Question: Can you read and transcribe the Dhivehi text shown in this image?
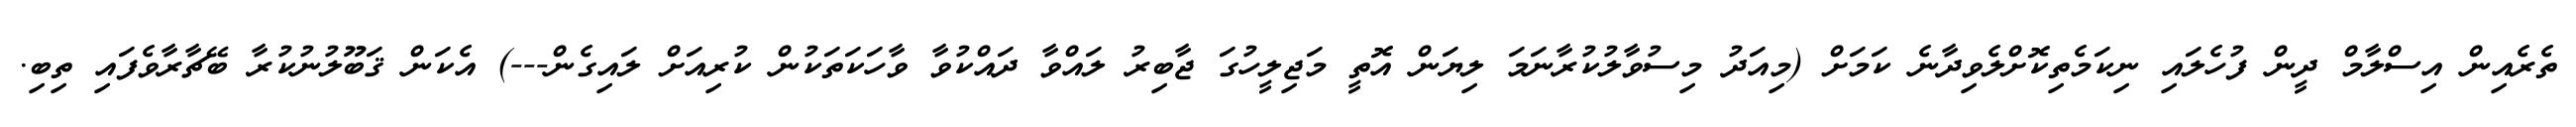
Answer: ތެރެއިން އިސްލާމް ދީން ފުހެލައި ނިކަމެތިކޮށްލެވިދާނެ ކަމަށް (މިއަދު މިސުވާލުކުރާނަމަ ލިޔަން އޮތީ މަޖިލީހުގަ ޖާބިރު ލައްވާ ދައްކުވާ ވާހަކަތަކުން ކުރިއަށް ލައިގެން---) އެކަން ޤަބޫލުނުކުރާ ބޭޗާރާވެފައި ތިބި.